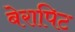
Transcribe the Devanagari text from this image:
बेरापिट